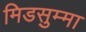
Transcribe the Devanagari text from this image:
मिडसुम्मा